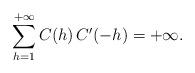
LaTeX: \begin{align*} \displaystyle \sum_{h=1}^{+\infty} C(h)\,C'(-h)=+\infty. \end{align*}